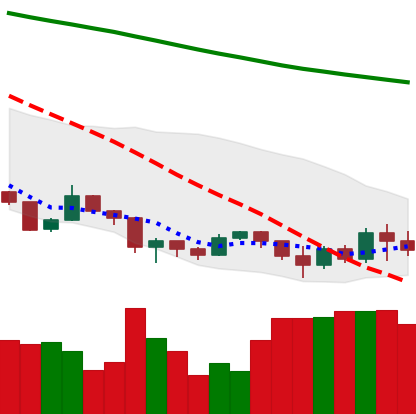
Ticker: XLM-USD
Chart end date: 2019-08-27
Forward return: -9.184%
Label: down_7plus